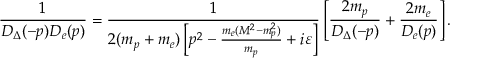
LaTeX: \frac { 1 } { D _ { \Delta } ( - p ) D _ { e } ( p ) } = \frac { 1 } { 2 ( m _ { p } + m _ { e } ) \left[ p ^ { 2 } - \frac { m _ { e } ( M ^ { 2 } - m _ { p } ^ { 2 } ) } { m _ { p } } + i \varepsilon \right] } \left[ \frac { 2 m _ { p } } { D _ { \Delta } ( - p ) } + \frac { 2 m _ { e } } { D _ { e } ( p ) } \right] .